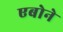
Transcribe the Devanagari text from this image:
एबोने